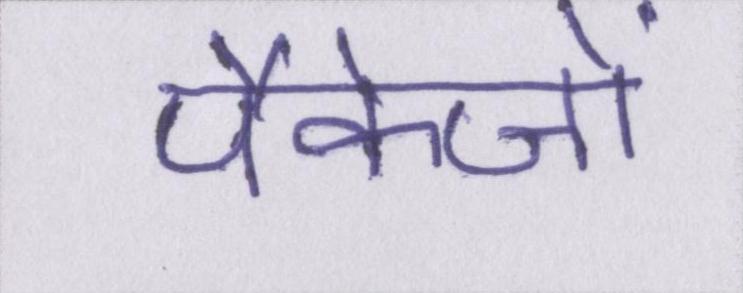
पैकेजों